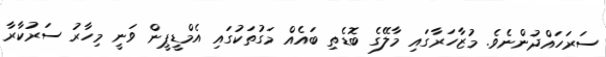
ސަރަހައްދުންނެވެ. މުޒާހަރާގައި މާލޭގެ ބޮޑެތި ބައެއް މަގުތަކުގައި އެމްޑީޕީން ވަނީ މިހާރު ސަރުކާރާ